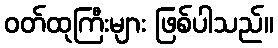
ဝတ်ထုကြီးများ ဖြစ်ပါသည်။